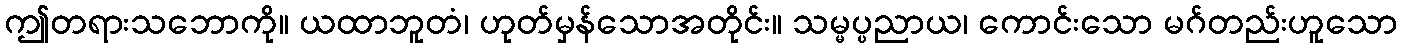
ဤတရားသဘောကို။ ယထာဘူတံ၊ ဟုတ်မှန်သောအတိုင်း။ သမ္မပ္ပညာယ၊ ကောင်းသော မဂ်တည်းဟူသော